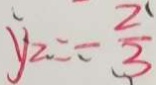
y _ { 2 } = - \frac { 2 } { 3 }